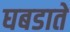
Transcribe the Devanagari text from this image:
घबडाते